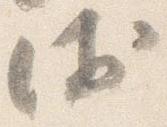
衛